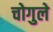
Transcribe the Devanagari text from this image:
चोगुले